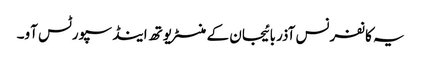
یہ کانفرنس آذربائیجان کے منسٹر یوتھ اینڈ سپورٹس آو۔